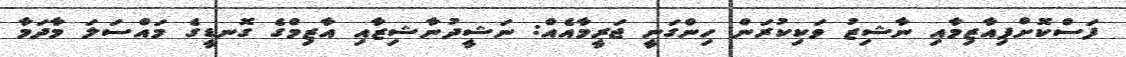
ފަސްކޮށްފިއާޒިމާއި ނާޝިޒު ވަކިކުރަން ހިންގަނީ ޖަރީމާއެއް: ނަޝީދުނާޝިޒާއި އާޒިމްގެ ގޮނޑީގެ މައްސަލަ މާދަމާ